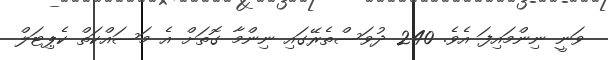
ވަނީ ނިންމައިފަ އެވެ. 240 ދުވަސްތެރޭގައި ނިންމާ ގޮތަށް އެ މަސައްކަތް ކެޕިޓަލް